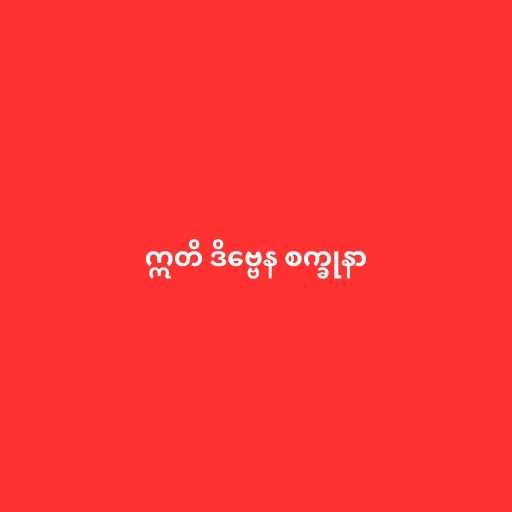
ဣတိ ဒိဗ္ဗေန စက္ခုနာ